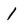
Character: 1